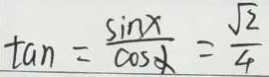
\tan = \frac { \sin x } { \cos \alpha } = \frac { \sqrt { 2 } } { 4 }